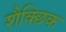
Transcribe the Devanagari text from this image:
शैक्छिक